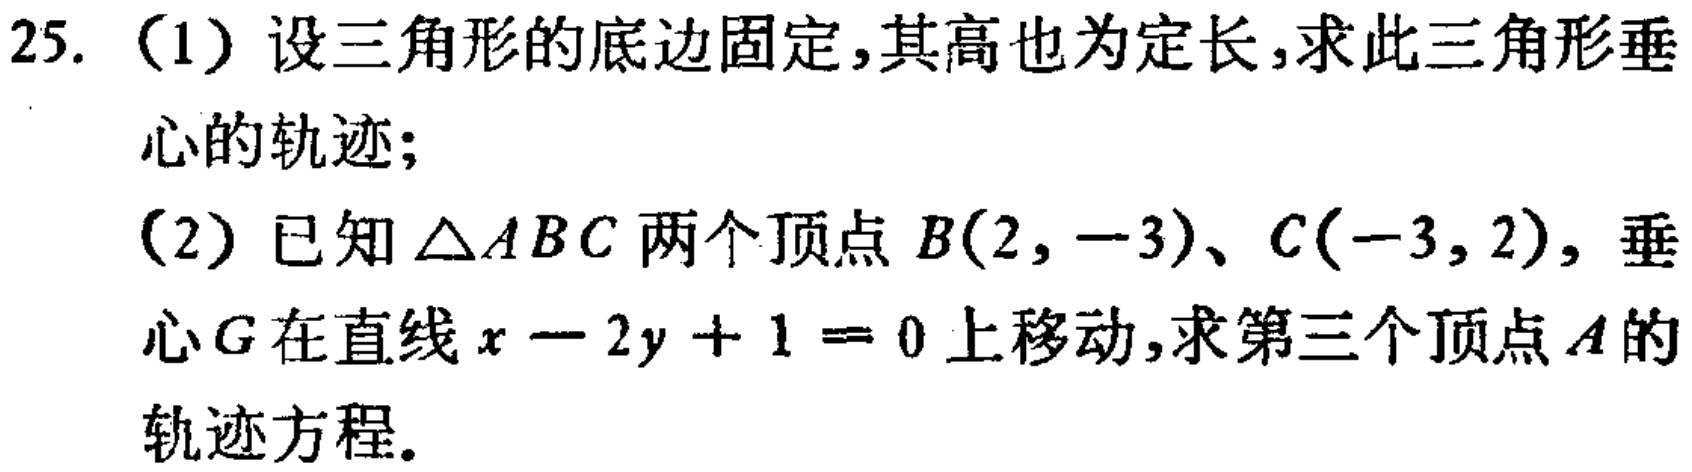
25. （1）设三角形的底边固定，其高也为定长，求此三角形垂心的轨迹；
（2）已知\(\triangle ABC\)两个顶点\(B(2, -3)\)、\(C(-3, 2)\)，垂心\(G\)在直线\(x - 2y + 1 = 0\)上移动，求第三个顶点\(A\)的轨迹方程。